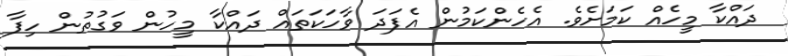
ދައްކާ މީހެއް ކަމަށެވެ. އެހެންކަމުން އެފަދަ ވާހަކަތައް ދައްކާ މީހުން ވަގުތުން ހިފާ